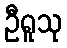
ဦရူသု